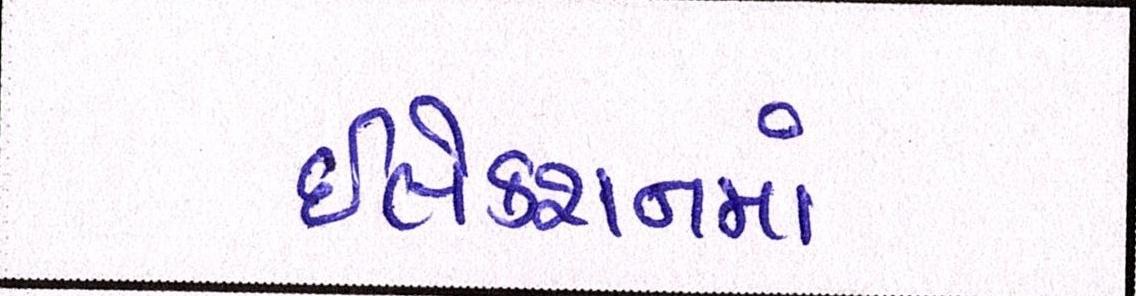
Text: ઇલેક્શનમાં